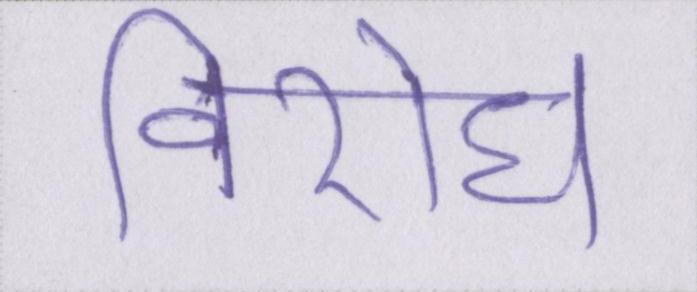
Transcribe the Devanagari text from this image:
विरोध